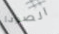
الصودا